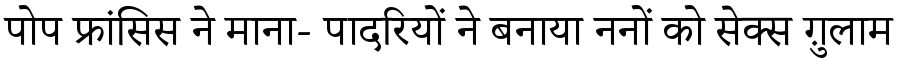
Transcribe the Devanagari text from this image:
पोप फ्रांसिस ने माना- पादरियों ने बनाया ननों को सेक्स ग़ुलाम